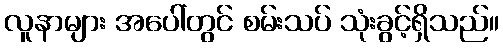
လူနာများ အပေါ်တွင် စမ်းသပ် သုံးခွင့်ရှိသည်။